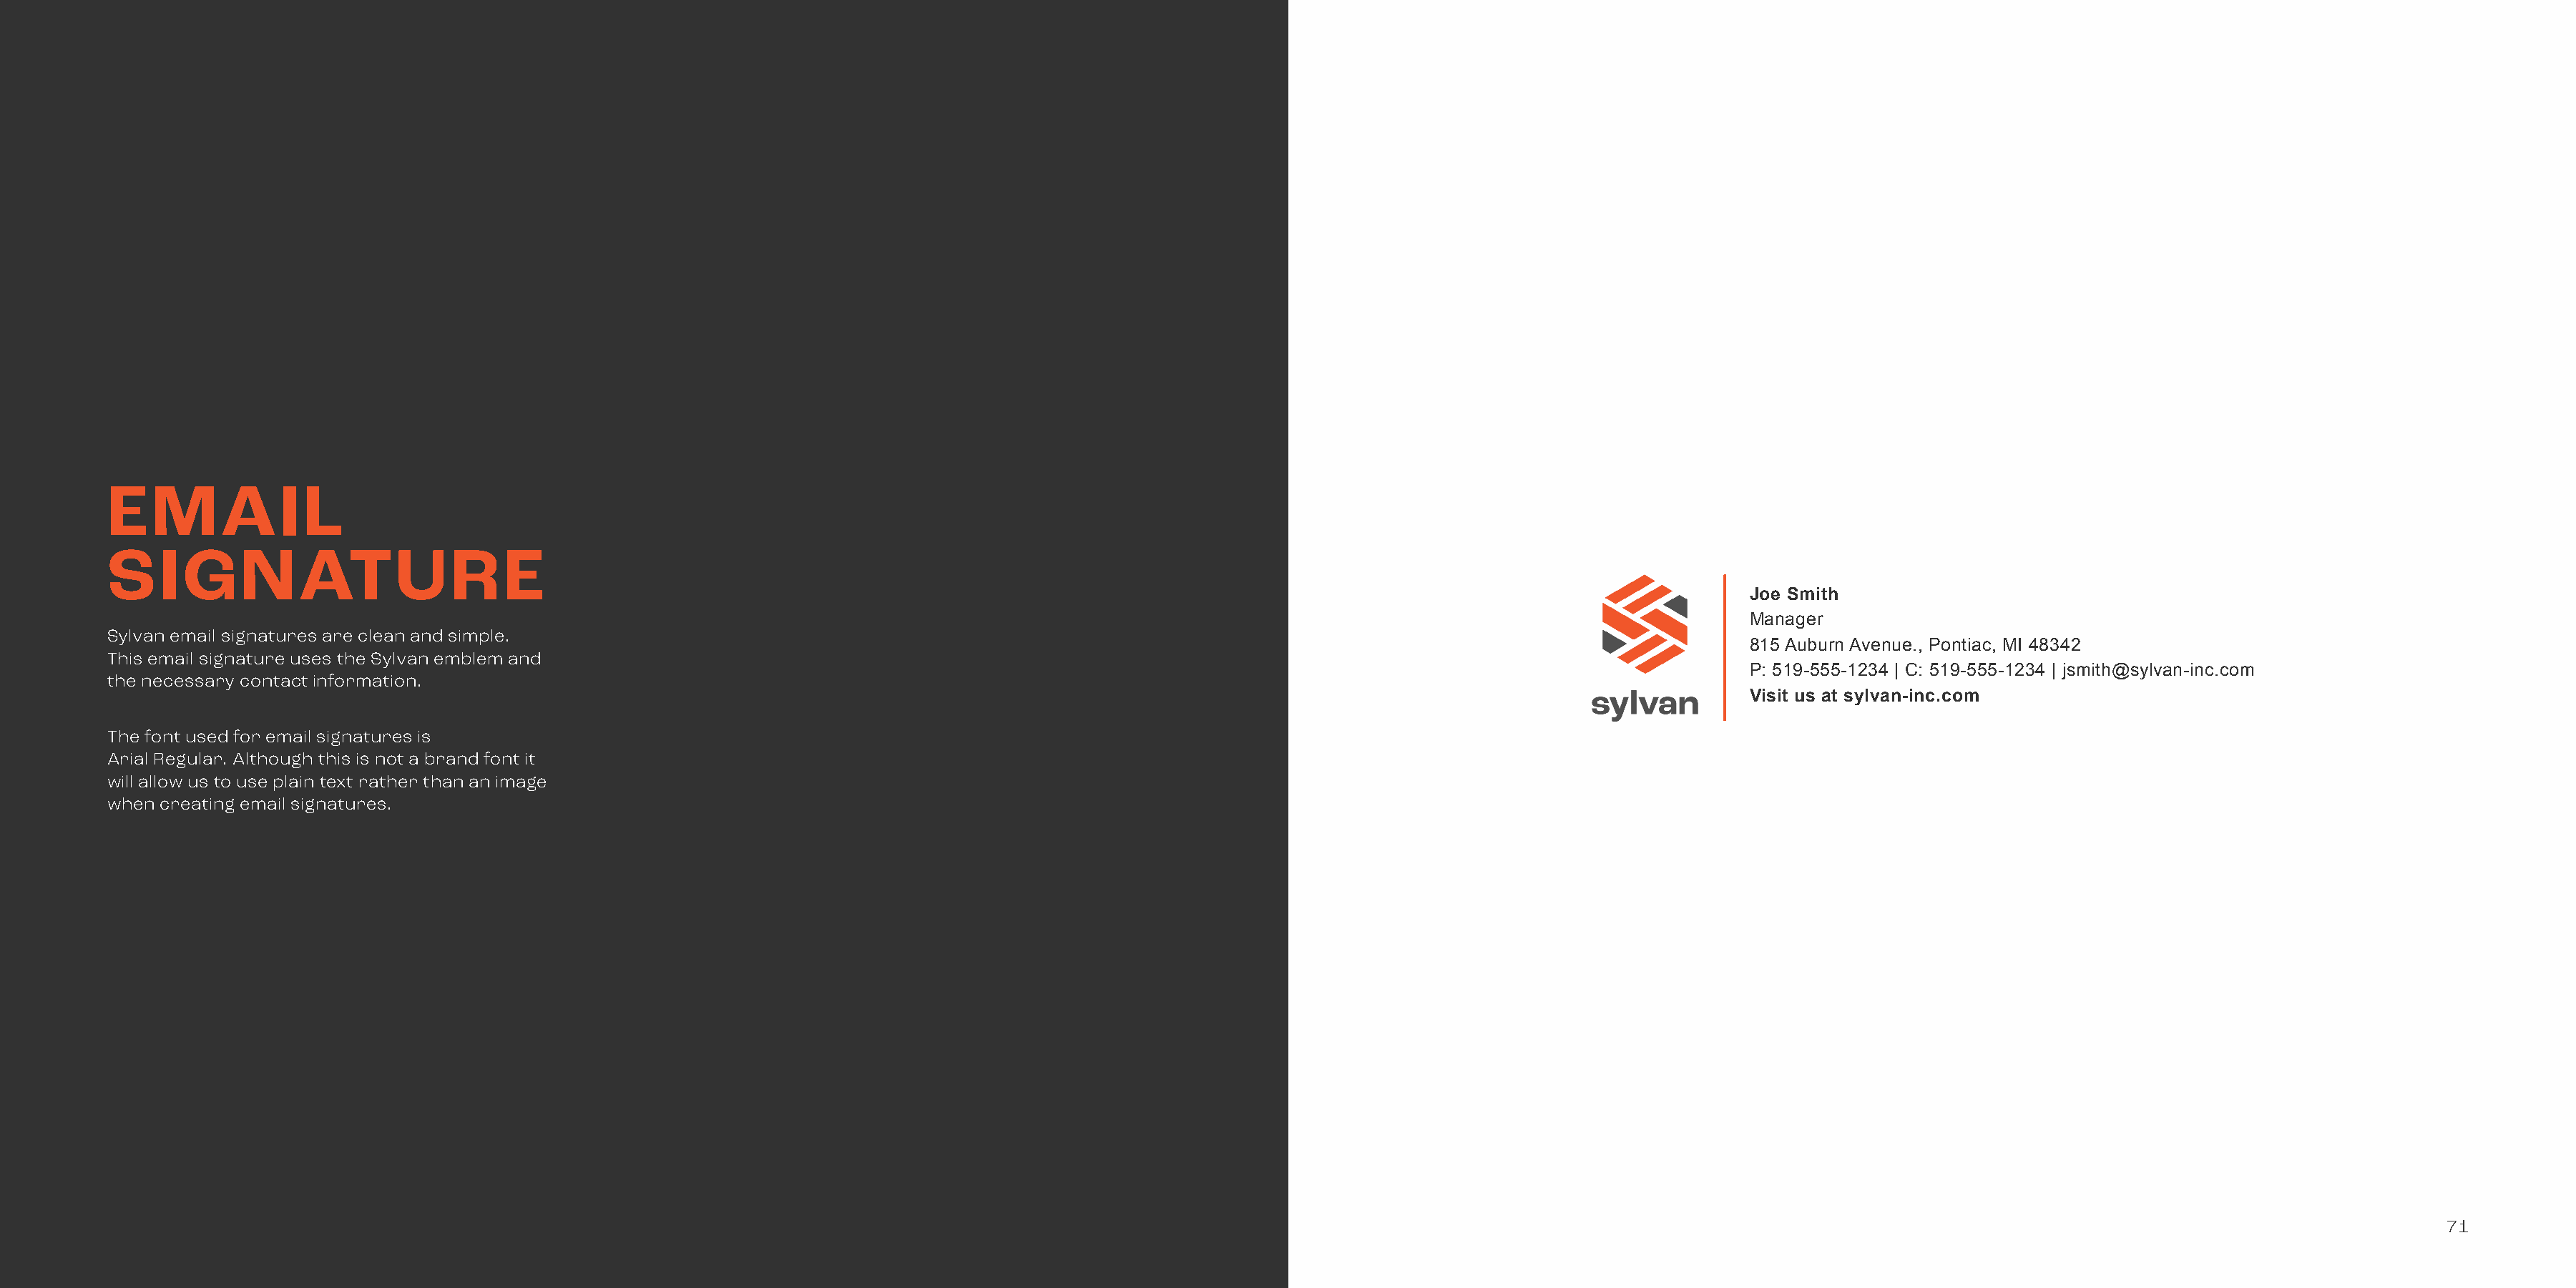
EMAIL
 SIGNATURE
 Joe Smith
 Manager
 Sylvan email signatures are clean and simple.
 815 Auburn Avenue., Pontiac, MI 48342
 This email signature uses the Sylvan emblem and
 P: 519-555-1234 | C: 519-555-1234 | jsmith@sylvan-inc.com
 the necessary contact information.
 Visit us at sylvan-inc.com
 The font used for email signatures is
 Arial Regular. Although this is not a brand font it
 will allow us to use plain text rather than an image
 when creating email signatures.
 71